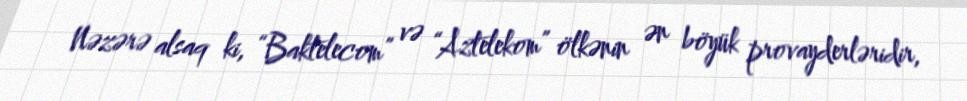
Nəzərə alsaq ki, “Baktelecom” və “Aztelekom” ölkənin ən böyük provayderləridir,